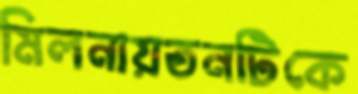
মিলনায়তনটিকে